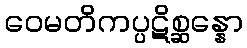
ဝေမတိကပ္ပဋိစ္ဆန္နော